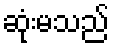
ဆုံးမသည်